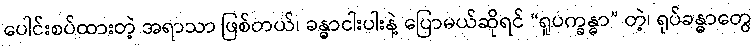
ပေါင်းစပ်ထားတဲ့ အရာသာ ဖြစ်တယ်၊ ခန္ဓာငါးပါးနဲ့ ပြောမယ်ဆိုရင် “ရူပက္ခန္ဓာ” တဲ့၊ ရုပ်ခန္ဓာတွေ